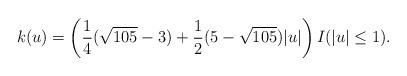
LaTeX: \begin{align*}k(u)=\left(\frac{1}{4}(\sqrt{105}-3)+\frac12(5-\sqrt{105})|u|\right)I(|u|\leq1).\end{align*}